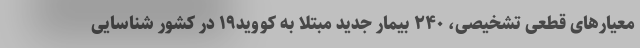
معیارهای قطعی تشخیصی، ۲۴۰ بیمار جدید مبتلا به کووید۱۹ در کشور شناسایی